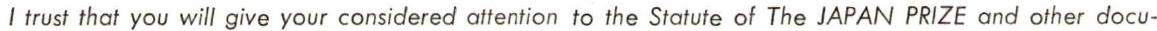
I trust that you will give your considered attention to the Statute of The JAPAN PRIZE and other docu-